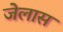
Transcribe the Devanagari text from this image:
जेलास